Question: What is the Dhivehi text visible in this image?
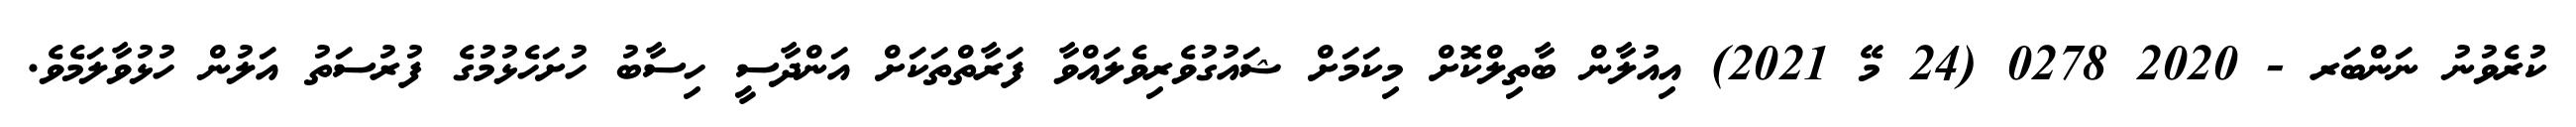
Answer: ކުރެވުނު ނަންބަރ - 2020 0278 (24 މޭ 2021) އިއުލާން ބާތިލްކޮށް މިކަމަށް ޝައުގުވެރިވެލައްވާ ފަރާތްތަކަށް އަންދާސީ ހިސާބު ހުށަހެޅުމުގެ ފުރުސަތު އަލުން ހުޅުވާލަމެވެ.